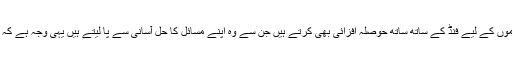
جبکہ غیر مسلم ممالک اپنے ہاں کے اس طرح کے کاموں کے لیے فنڈ کے ساتھ ساتھ حوصلہ افزائی بھی کرتے ہیں جن سے وہ اپنے مسائل کا حل آسانی سے پا لیتے ہیں یہی وجہ ہے کہ ہم دوسرے مذاہب کے ساتھ باقاعدہ ڈائیلاگ کرتے ہیں۔